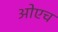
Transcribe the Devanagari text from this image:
ओएच